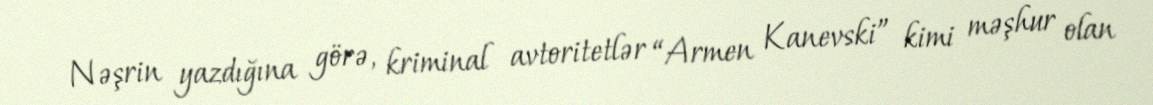
Nəşrin yazdığına görə, kriminal avtoritetlər “Armen Kanevski” kimi məşhur olan